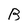
Character: B